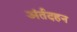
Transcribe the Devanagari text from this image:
अंर्तदहन